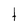
Character: t